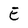
Character: E